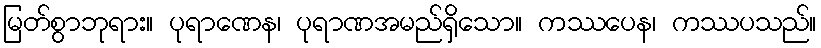
မြတ်စွာဘုရား။ ပုရာဏေန၊ ပုရာဏအမည်ရှိသော။ ကဿပေန၊ ကဿပသည်။